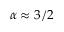
\alpha \approx 3 / 2